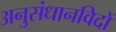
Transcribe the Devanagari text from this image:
अनुसंधानविदों